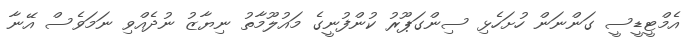
އެމްޓީޑީސީ ގަންނަން ހުށަހެޅި ސިންގަޕޫރު ކުންފުނީގެ މައުލޫމާތު ނިޔާޒު ނުދެއްވި ނަމަވެސް އޭނާ